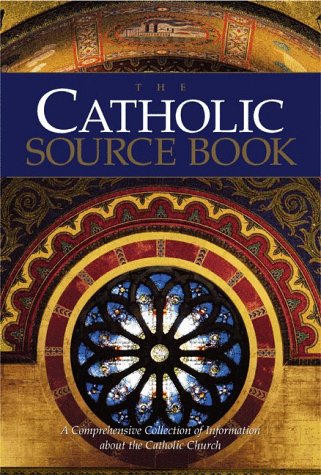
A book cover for The Catholic Source Book: A Comprehensive Collection of Information about the Catholic Church; Christian Books & Bibles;